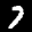
Label: 7